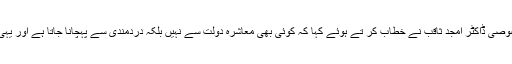
پروگرام کے مہمان خصوصی ڈاکٹر امجد ثاقب نے خطاب کر تے ہوئے کہا کہ کوئی بھی معاشرہ دولت سے نہیں بلکہ دردمندی سے پہچانا جاتا ہے اور یہی انسانیت کی پہچان ہے۔